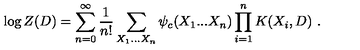
\left. \log Z ( D ) = \sum _ { n = 0 } ^ { \infty } \frac { 1 } { n ! } \sum _ { X _ { 1 } . . . X _ { n } } \psi _ { c } ( X _ { 1 } . . . X _ { n } ) \prod _ { i = 1 } ^ { n } K ( X _ { i } , D ) \ . \right.